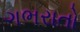
ગભરાતો